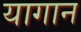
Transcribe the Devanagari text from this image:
यागान